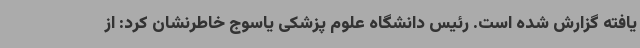
یافته گزارش شده است. رئیس دانشگاه علوم پزشکی یاسوج خاطرنشان کرد: از